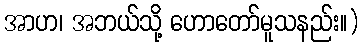
အာဟ၊ အဘယ်သို့ ဟောတော်မူသနည်း။)